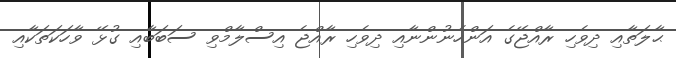
ޙާލަތާއި ދިވެހި ރާއްޖޭގެ އަންހެނުންނާއި ދިވެހި ރާއްޖެ އިސްލާމްވި ސަބަބާއި ގުޅޭ ވާހަކަތަކާއި